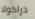
دراكولا